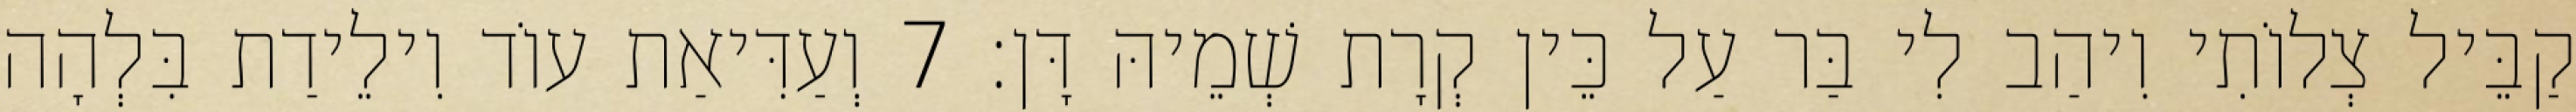
קַבֵּיל צְלוֹתִי וִיהַב לִי בַּר עַל כֵּין קְרָת שְׁמֵיהּ דָּן׃ 7 וְעַדִּיאַת עוֹד וִילֵידַת בִּלְהָה